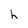
Character: h